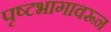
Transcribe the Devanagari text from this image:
पृष्टभागावरून